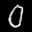
Label: 0